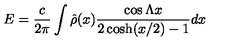
E = { \frac { c } { 2 \pi } } \int \hat { \rho } ( x ) { \frac { \cos \Lambda x } { 2 \cosh ( x / 2 ) - 1 } } d x